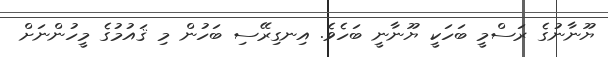
ޔޫނާނުގެ ރަސްމީ ބަހަކީ ޔޫނާނީ ބަހެވެ. އިނގިރޭސި ބަހުން މި ޤައުމުގެ މީހުންނަށް